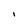
Character: I